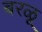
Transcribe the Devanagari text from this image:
बरळू